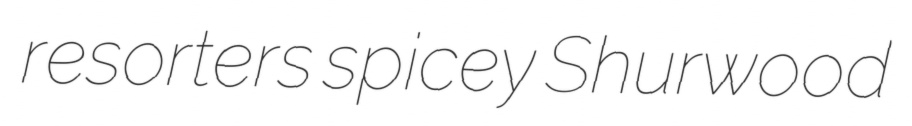
resorters spicey Shurwood